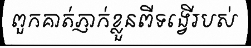
ពួកគាត់ភ្ញាក់ខ្លួនពីទង្វើរបស់